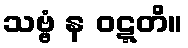
သဗ္ဗံ န ဝဋ္ဋတိ။